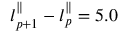
l _ { p + 1 } ^ { \parallel } - l _ { p } ^ { \parallel } = 5 . 0